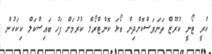
ކުރީ ޓޯނީ ކުރޫޒް ތަނަވަސްކޮށްދިން ބޯޅަ ކޮންޓްރޯލް ކުރުމަށް ފަހު ބައިސްކަލް ކިކަކުން